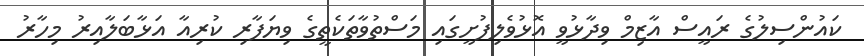
ކައުންސިލުގެ ރައީސް އާޒިމް ވިދާޅުވީ އޮޅުވެލިފުށީގައި މަސްތުވާތަކެތީގެ ވިޔަފާރި ކުރިއާ އަޅާބަލާއިރު މިހާރު